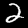
Digit: 2